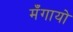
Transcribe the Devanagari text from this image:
मँगायो